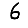
Digit: 6